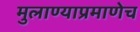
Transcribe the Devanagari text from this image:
मुलाण्याप्रमाणेच